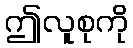
ဤလူစုကို